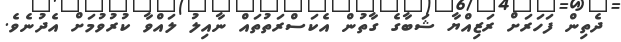
ދެތިން ފަހަރަށް ރަޒިއްޔާ ޝަބާގެ ގާތުން އެކަސްރަތުތައް ނާއިލު ލައްވާ ކުރުވުމަށް އެދުނެވެ.